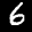
Label: 6